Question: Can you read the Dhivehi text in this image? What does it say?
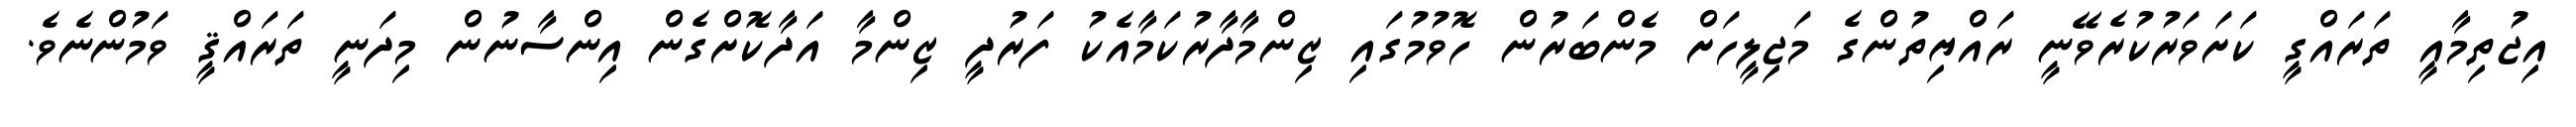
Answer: އިޖުތިމާއީ ތަރައްގީ ކަށަވަރުކުރެވޭނީ ރައްޔިތުންގެ މަޖިލީހަށް މެންބަރުން ހޮވުމުގައި ޒިންމާދާރުކަމާއެކު ފަރުދީ ޒިންމާ އަދާކޮށްގެން އިންސާނުން މިދަނީ ތަރައްޤީ ވަމުންނެވެ.